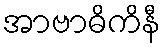
အာဗာဓိကိနီ